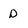
Character: D